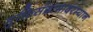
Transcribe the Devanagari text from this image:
मुक्तिसंग्रामादरम्यान